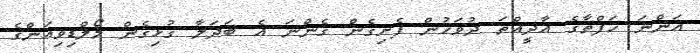
އަންނަ ހަފްތާގެ އާދީއްތަ ދުވަހުން ފެށިގެން ގެންނަ އެ ބަދަލާ ގުޅިގެން މޯލްޑިވިއަންގެ